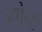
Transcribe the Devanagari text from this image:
उद्योमों